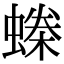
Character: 𧏪